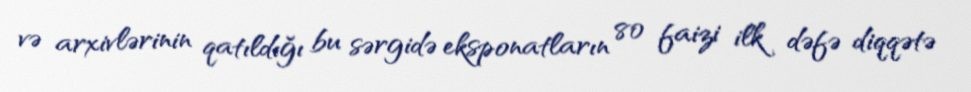
və arxivlərinin qatıldığı bu sərgidə eksponatların 80 faizi ilk dəfə diqqətə